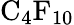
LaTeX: \mathrm{C_{4}F_{10}}